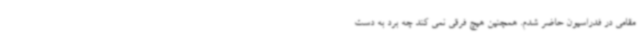
مقامی در فدراسیون حاضر شدم. همچنین هیچ فرقی نمی کند چه برد به دست